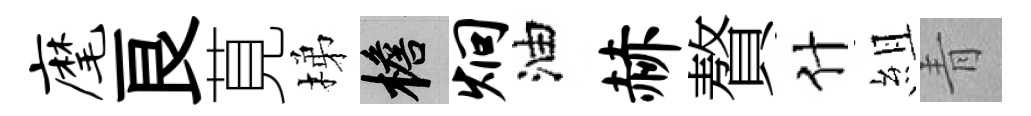
麾良莧梯檐炯油赫贅什組青